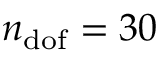
n _ { \mathrm { d o f } } = 3 0